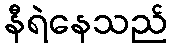
နီရဲနေသည်